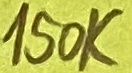
Text: 150K